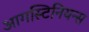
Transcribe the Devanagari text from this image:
आगस्टिनियन्स